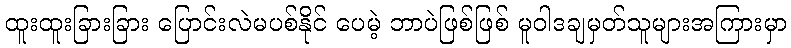
ထူးထူးခြားခြား ပြောင်းလဲမပစ်နိုင် ပေမဲ့ ဘာပဲဖြစ်ဖြစ် မူဝါဒချမှတ်သူများအကြားမှာ